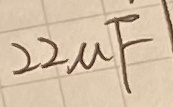
Text: 22µF